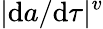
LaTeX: |\mathrm{d}a/\mathrm{d}\tau|^{v}